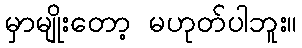
မှာမျိုးတော့ မဟုတ်ပါဘူး။